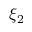
\xi _ { 2 }